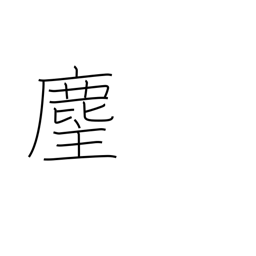
Meaning: priest's horsehair flapper